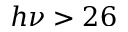
h \nu > 2 6